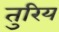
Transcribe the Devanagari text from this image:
तुरिय